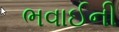
ભવાઈની